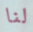
لنا